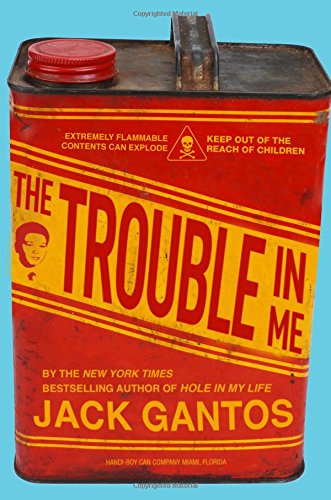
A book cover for The Trouble in Me; Jack Gantos; Teen & Young Adult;